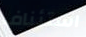
استئناف